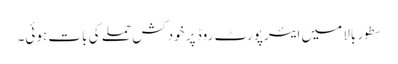
سطورِ بالا میں ایئرپورٹ روڈ پر خودکش حملے کی بات ہوئی۔